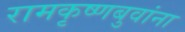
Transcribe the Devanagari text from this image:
रामकृष्णबुवांना